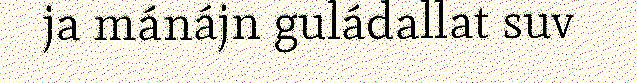
ja mánájn guládallat suv